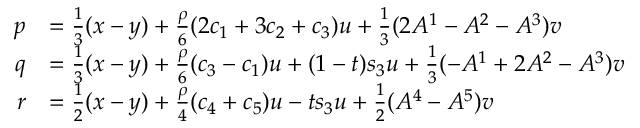
\begin{array} { r l } { p } & { = \frac { 1 } { 3 } ( x - y ) + \frac { \rho } { 6 } ( 2 c _ { 1 } + 3 c _ { 2 } + c _ { 3 } ) u + \frac { 1 } { 3 } ( 2 A ^ { 1 } - A ^ { 2 } - A ^ { 3 } ) v } \\ { q } & { = \frac { 1 } { 3 } ( x - y ) + \frac { \rho } { 6 } ( c _ { 3 } - c _ { 1 } ) u + ( 1 - t ) s _ { 3 } u + \frac { 1 } { 3 } ( - A ^ { 1 } + 2 A ^ { 2 } - A ^ { 3 } ) v } \\ { r } & { = \frac { 1 } { 2 } ( x - y ) + \frac { \rho } { 4 } ( c _ { 4 } + c _ { 5 } ) u - t s _ { 3 } u + \frac { 1 } { 2 } ( A ^ { 4 } - A ^ { 5 } ) v } \end{array}